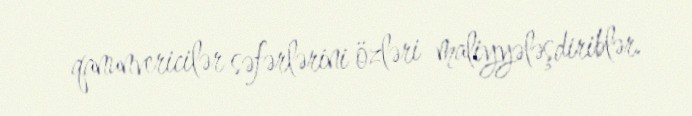
qanunvericilər səfərlərini özləri maliyyələşdiriblər.